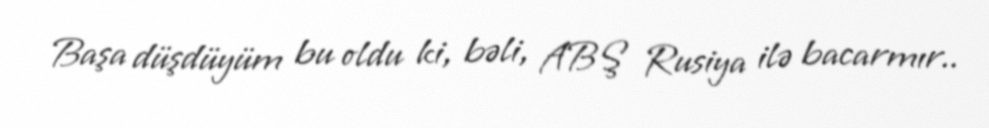
Başa düşdüyüm bu oldu ki, bəli, ABŞ Rusiya ilə bacarmır..